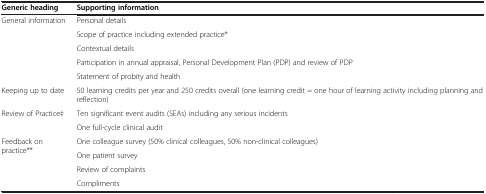
| Generic heading | Supporting information |
 | --- | --- |
 | <ROWSPAN=5> General information | Personal details |
 | Scope of practice including extended practice* |
 | Contextual details |
 | Participation in annual appraisal, Personal Development Plan (PDP) and review of PDP |
 | Statement of probity and health |
 | Keeping up to date | 50 learning credits per year and 250 credits overall (one learning credit = one hour of learning activity including planning and reflection) |
 | <ROWSPAN=2> Review of Practice‡ | Ten significant event audits (SEAs) including any serious incidents |
 | One full-cycle clinical audit |
 | <ROWSPAN=4> Feedback on practice** | One colleague survey (50% clinical colleagues, 50% non-clinical colleagues) |
 | One patient survey |
 | Review of complaints |
 | Compliments |